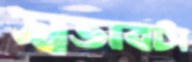
স্বভাবটা